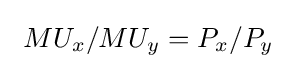
\ MU_{x}/MU_{y}=P_{x}/P_{y}